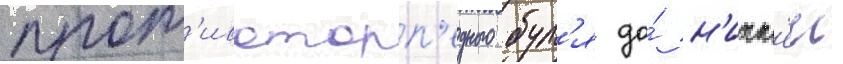
прот'ивоторп'едного бул'я до́ н'ижн'еи